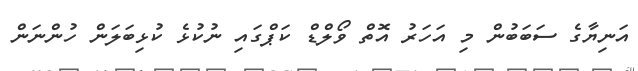
އަނިޔާގެ ސަބަބުން މި އަހަރު އޮތް ވޯލްޑް ކަޕްގައި ނުކުޅެ ކުޅިބަލަން ހުންނަން